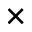
\times